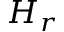
H _ { r }